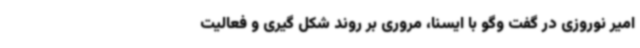
امیر نوروزی در گفت وگو با ایسنا، مروری بر روند شکل گیری و فعالیت